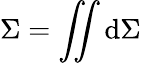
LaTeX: \Sigma=\iint\mathrm{d}\Sigma